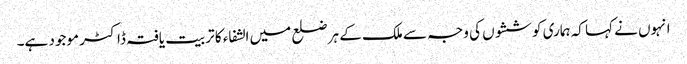
انہوں نے کہا کہ ہماری کوششوں کی وجہ سے ملک کے ہر ضلع میں الشفاء کا تربیت یافتہ ڈاکٹر موجود ہے۔